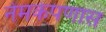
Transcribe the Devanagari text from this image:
नेमकेपणास